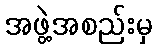
အဖွဲ့အစည်းမှ